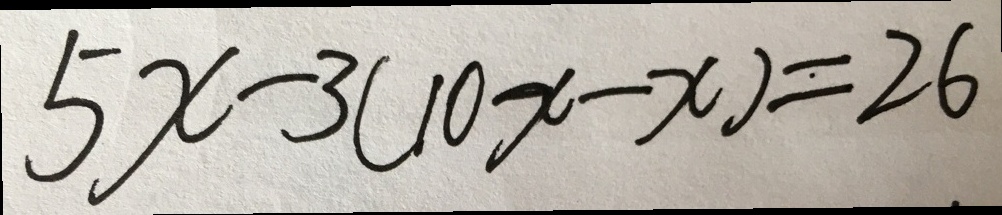
5 x - 3 ( 1 0 x - x ) = 2 6